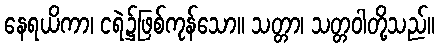
နေရယိကာ၊ ငရဲ၌ဖြစ်ကုန်သော။ သတ္တာ၊ သတ္တဝါတို့သည်။